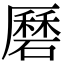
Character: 磿